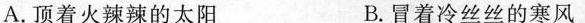
A.顶着火辣辣的太阳 B.冒着冷丝丝的寒风